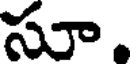
సూ.